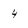
Character: 4